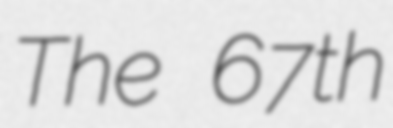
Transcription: The 67th